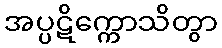
အပ္ပဋိက္ကောသိတွာ